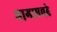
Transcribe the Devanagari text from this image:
भागाएवढे